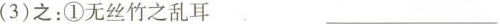
(3)之：①无丝竹之乱耳 ___